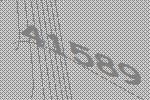
41589